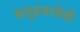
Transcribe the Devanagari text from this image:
समुद्रयात्रेची